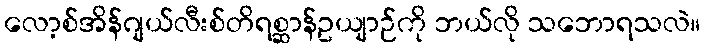
လော့စ်အိန်ဂျယ်လီးစ်တိရစ္ဆာန်ဥယျာဉ်ကို ဘယ်လို သဘောရသလဲ။